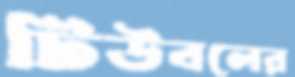
টিউবলের